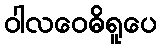
ဝါလဝေဓိရူပေ